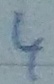
Text: 4